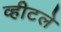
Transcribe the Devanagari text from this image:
व्हीटले